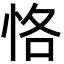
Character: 恪